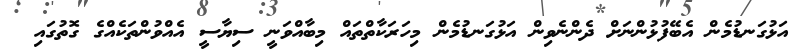
އަޅުގަނޑުމެން އެބޭފުޅުންނަށް ދެންނެވިން އަޅުގަނޑުމެން މިހަރަކާތްތައް މިބާއްވަނީ ސިޔާސީ އެއްވުންތަކެއްގެ ގޮތުގައި